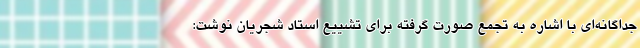
جداگانه‌ای با اشاره به تجمع صورت گرفته برای تشییع استاد شجریان نوشت: